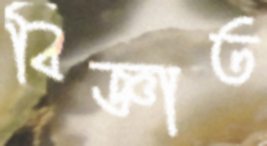
বিজ্ঞাত